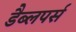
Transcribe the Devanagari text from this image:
डैब्लपर्स